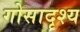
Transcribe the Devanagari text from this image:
गोसादृश्य